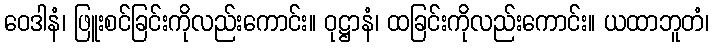
ဝေဒါနံ၊ ဖြူးစင်ခြင်းကိုလည်းကောင်း။ ဝုဋ္ဌာနံ၊ ထခြင်းကိုလည်းကောင်း။ ယထာဘူတံ၊